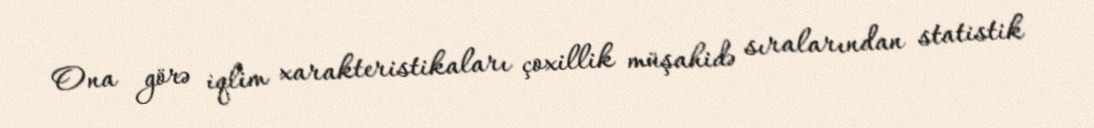
Ona görə iqlim xarakteristikaları çoxillik müşahidə sıralarından statistik